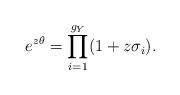
LaTeX: \begin{align*}e^{z\theta}=\prod_{i=1}^{g_{Y}}(1+z\sigma_{i}).\end{align*}